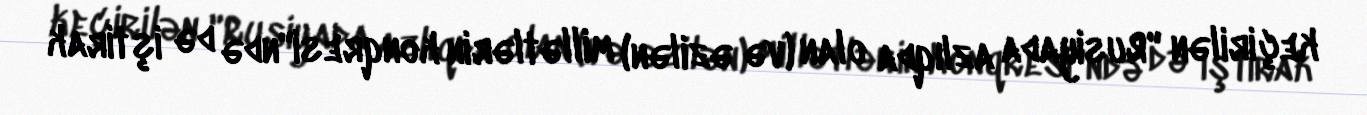
keçirilən "Rusiyada azlıqda olan (və əzilən) millətlərin konqresi"ndə də iştirak